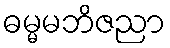
ဓမ္မမဘိဇညာ